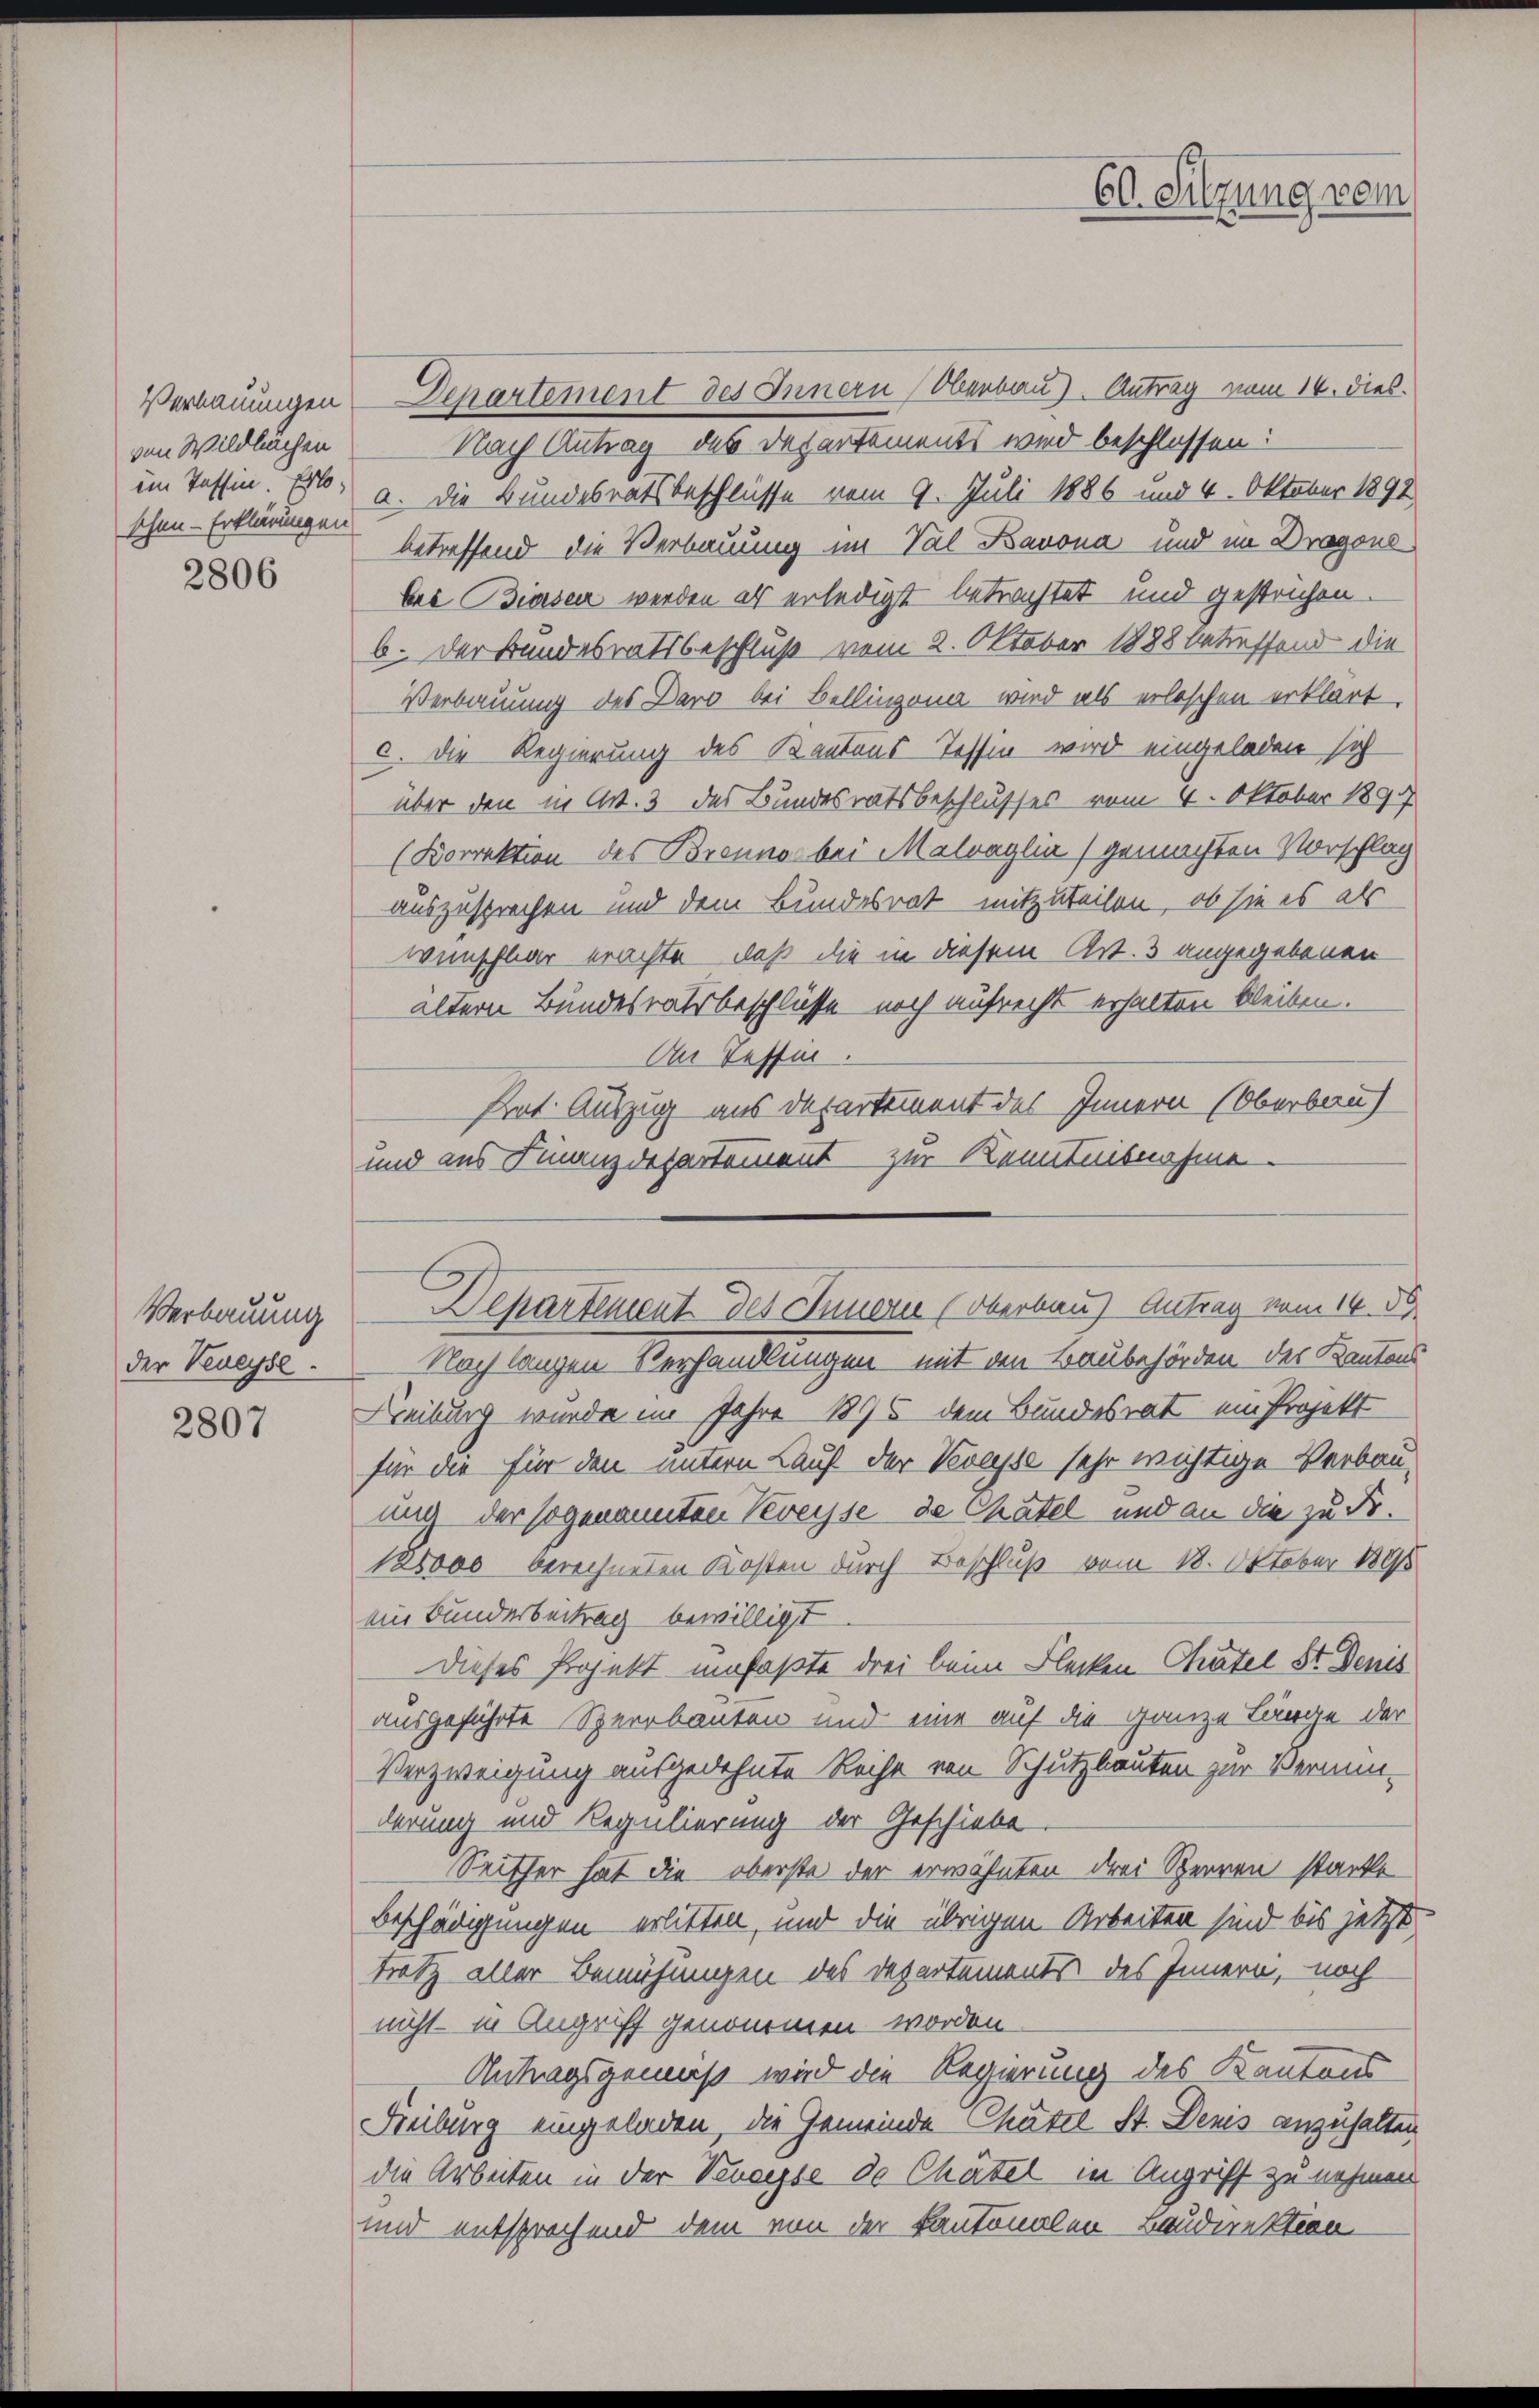
Verbauungen
von Wildlichen
ein Tessin. Er
schen - Erklärungen

2806

Verbauung
der Veveyse.

2807

Departement des Innern Oberbau). Antrag vom 14. dies.
Nach Antrag des Departements wird beschlossen:
a. Die Bundesratsbeschlüsse vom 9. Juli 1886 und 4. Oktober 1891
betreffend die Verbauung im Val Bavona und im Dragone
bei Biasen werden als erledigt betrachtet und gestrichen.
b. Der Bundesratsbeschluß vom 2. Oktober 1888 betreffend die
Verbauung des Daro bei Bellinzona wird als erloschen erklärt.
c. Die Regierung des Kantons-Tessin wird eingeladen sich
über den in Art. 3 des Bundesratsbeschlusses vom 4. Oktober 1897
(Korrektion des Bronne bei Malraglia / gemachten Vorschlag
auszusprechen und dem Bundesrat mitzuteilen, ob sie es als
wunschbar erachte, daß die in diesem Art. 3 angegebenen
ältern Bundesratsbeschlüsse noch aufrecht erhalten bleiben.
An Tessin.
Prnt. Auszug aus Departement des Innern (Oberbau
und aus Finanzdepartement zur Kenntnisnahme

E Sitzung vom

Departement des Innern (Oberhaus Antrag vom 14. de

Nach langen Verhandlungen mit den Baubehörden der Kantons
Freiburg wurde im Jahre 1896 dem Bundesrat ein Projekt
für die für den untern Lauf der Vevasse sehr wichtige Verbau-
und der sogenannten Veveyse de Chatel und an die zu Fr.
125000 berechneten Kosten durch Beschluß vom 18. Oktober 1806
ein Bunderbeitrag bewilligt
Dieses Projekt umfaßte drei beim Flecken Chatel St. Denis
ausgeführte Sperrbauten und eine auf die ganze Länge der
Verzweigung ausgedehnte Reihe von Schutzbauten zur Vermin-
derung und Regulierung der Geschiebe
Seither hat die oberste der erwähnten drei Sperren starke
Beschädigungen erlitten, und die übrigen Arbeiten sind bis jetzt
trotz aller Bemühungen des Departements des Innern, noch
nicht in Angriff genommen worden.
Antragsgemäß wird die Regierung des Kantons
Freiburg eingeladen, die Gemeinde Chatel St. Denis anzuhalten
die Arbeiten in der Veniesse de Chätel in Angriff zu nehmen
und entsprochend dem von der Kantonalen Baudirektion